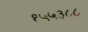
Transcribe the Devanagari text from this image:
१५५३८८